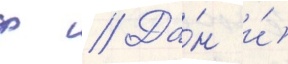
ф // Да́н и́